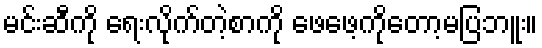
မင်းဆီကို ရေးလိုက်တဲ့စာကို ဖေဖေ့ကိုတော့မပြဘူး။